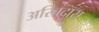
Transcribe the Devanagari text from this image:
अरिबदास